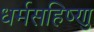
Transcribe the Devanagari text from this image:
धर्मसहिष्णु